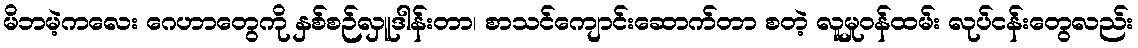
မိဘမဲ့ကလေး ဂေဟာတွေကို နှစ်စဉ်လှူဒါန်းတာ၊ စာသင်ကျောင်းဆောက်တာ စတဲ့ လူမှုဝန်ထမ်း လုပ်ငန်းတွေလည်း